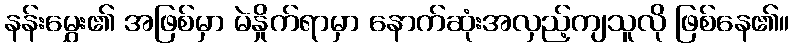
နန်းမွှေး၏ အဖြစ်မှာ မဲနှိုက်ရာမှာ နောက်ဆုံးအလှည့်ကျသူလို ဖြစ်နေ၏။